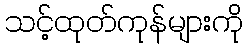
သင့်ထုတ်ကုန်များကို